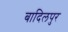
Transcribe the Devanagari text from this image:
बादिलपुर